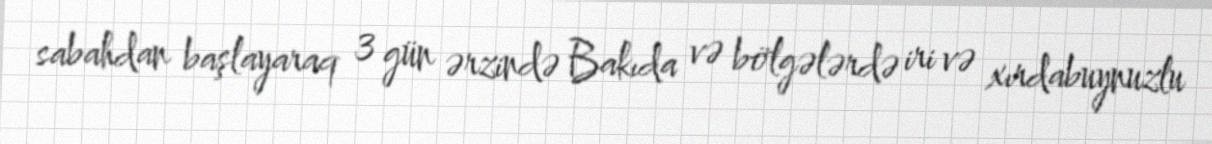
sabahdan başlayaraq 3 gün ərzində Bakıda və bölgələrdə iri və xırdabuynuzlu